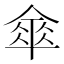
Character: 𠍘